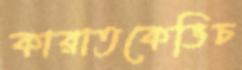
কারাতকেভিচ